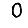
Digit: 0